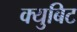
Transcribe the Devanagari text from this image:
क्युबिट